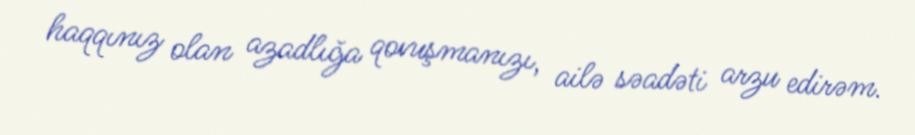
haqqınız olan azadlığa qovuşmanızı, ailə səadəti arzu edirəm.